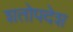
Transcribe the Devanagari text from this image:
शतोपदेश